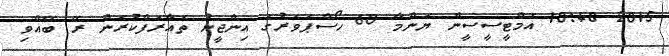
2015 10:48 އެމްޓީސީސީން ޔަންމާ 60 ހޯސްޕަވަރުގެ އިންޖީނު ތައާރަފްކުރަން ރޭ ބޭއްވި